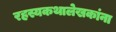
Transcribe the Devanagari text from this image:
रहस्यकथालेखकांना